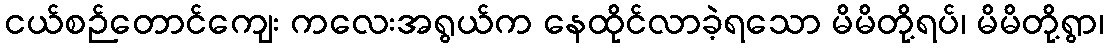
ငယ်စဉ်တောင်ကျေး ကလေးအရွယ်က နေထိုင်လာခဲ့ရသော မိမိတို့ရပ်၊ မိမိတို့ရွာ၊